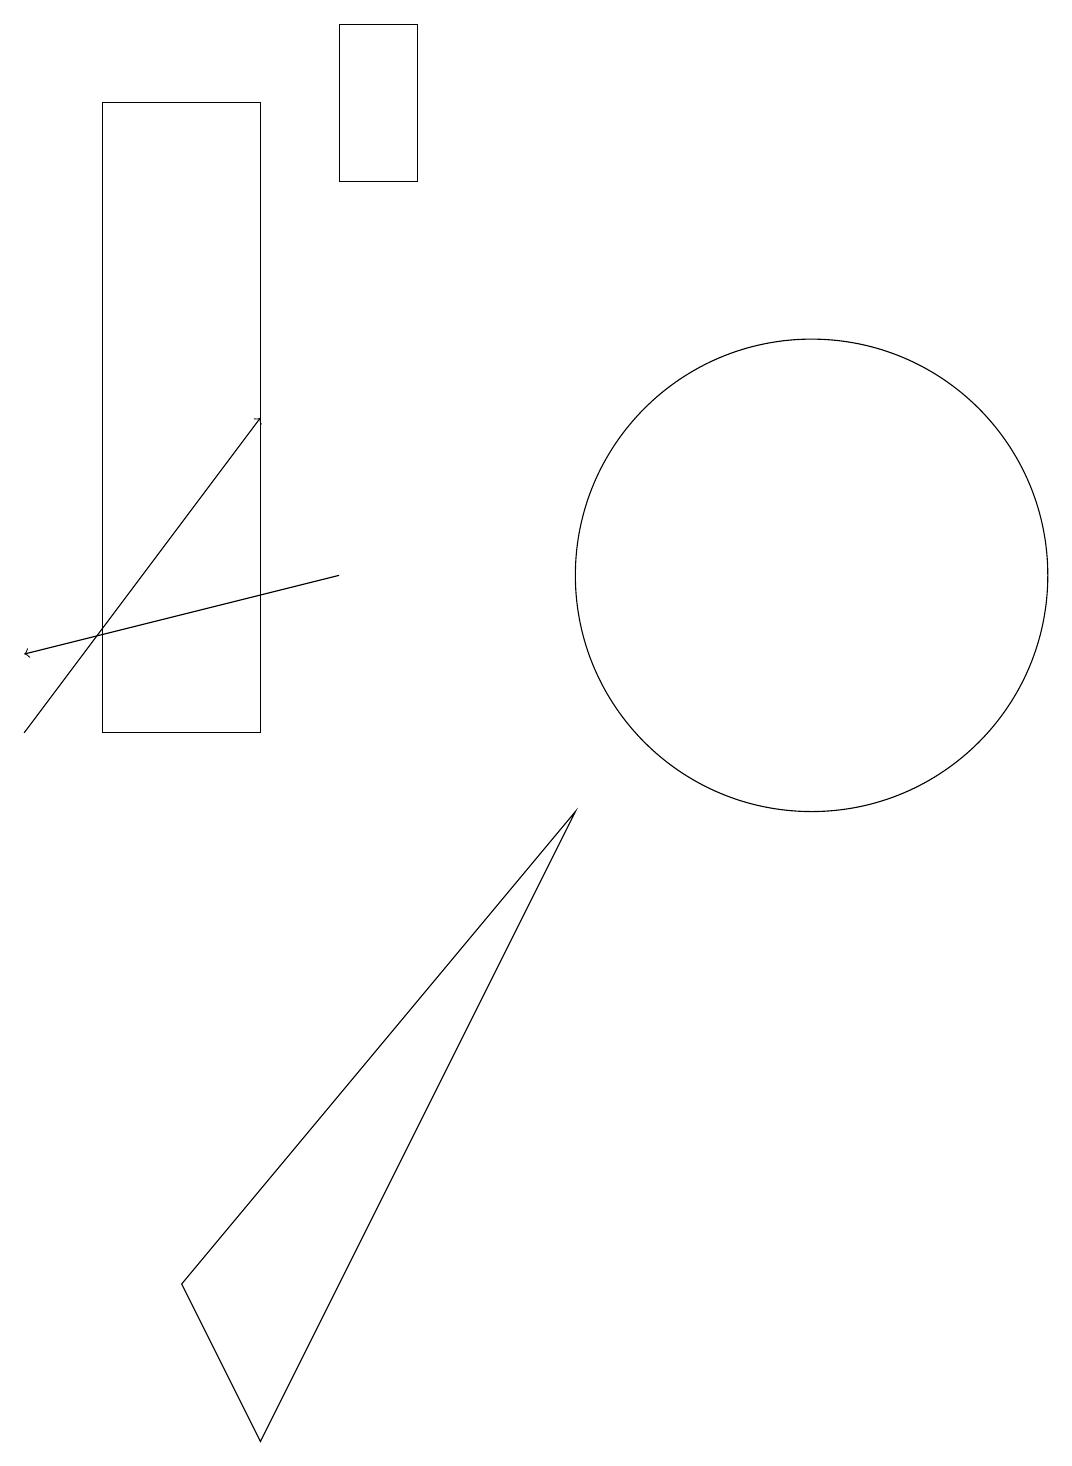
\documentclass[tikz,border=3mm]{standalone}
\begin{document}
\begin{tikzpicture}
\draw[->] (0,10) -- (3,14);
\draw (4,17) rectangle (5,19);
\draw (2,3) -- (3,1) -- (7,9) -- cycle;
\draw (10,12) circle (3);
\draw (3,18) rectangle (1,10);
\draw[->] (4,12) -- (0,11);
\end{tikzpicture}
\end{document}